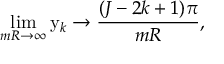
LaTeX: \operatorname * { l i m } _ { m R \to \infty } \mathrm { y } _ { k } \to { \frac { ( J - 2 k + 1 ) \pi } { m R } } ,